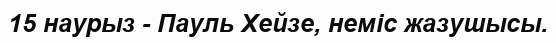
15 наурыз - Пауль Хейзе, неміс жазушысы.